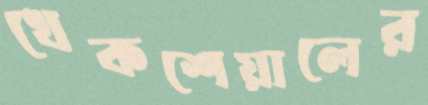
খেকশেয়ালের